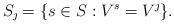
LaTeX: \begin{align*}S_\jmath = \{s\in S : V^s= V^\jmath\}.\end{align*}